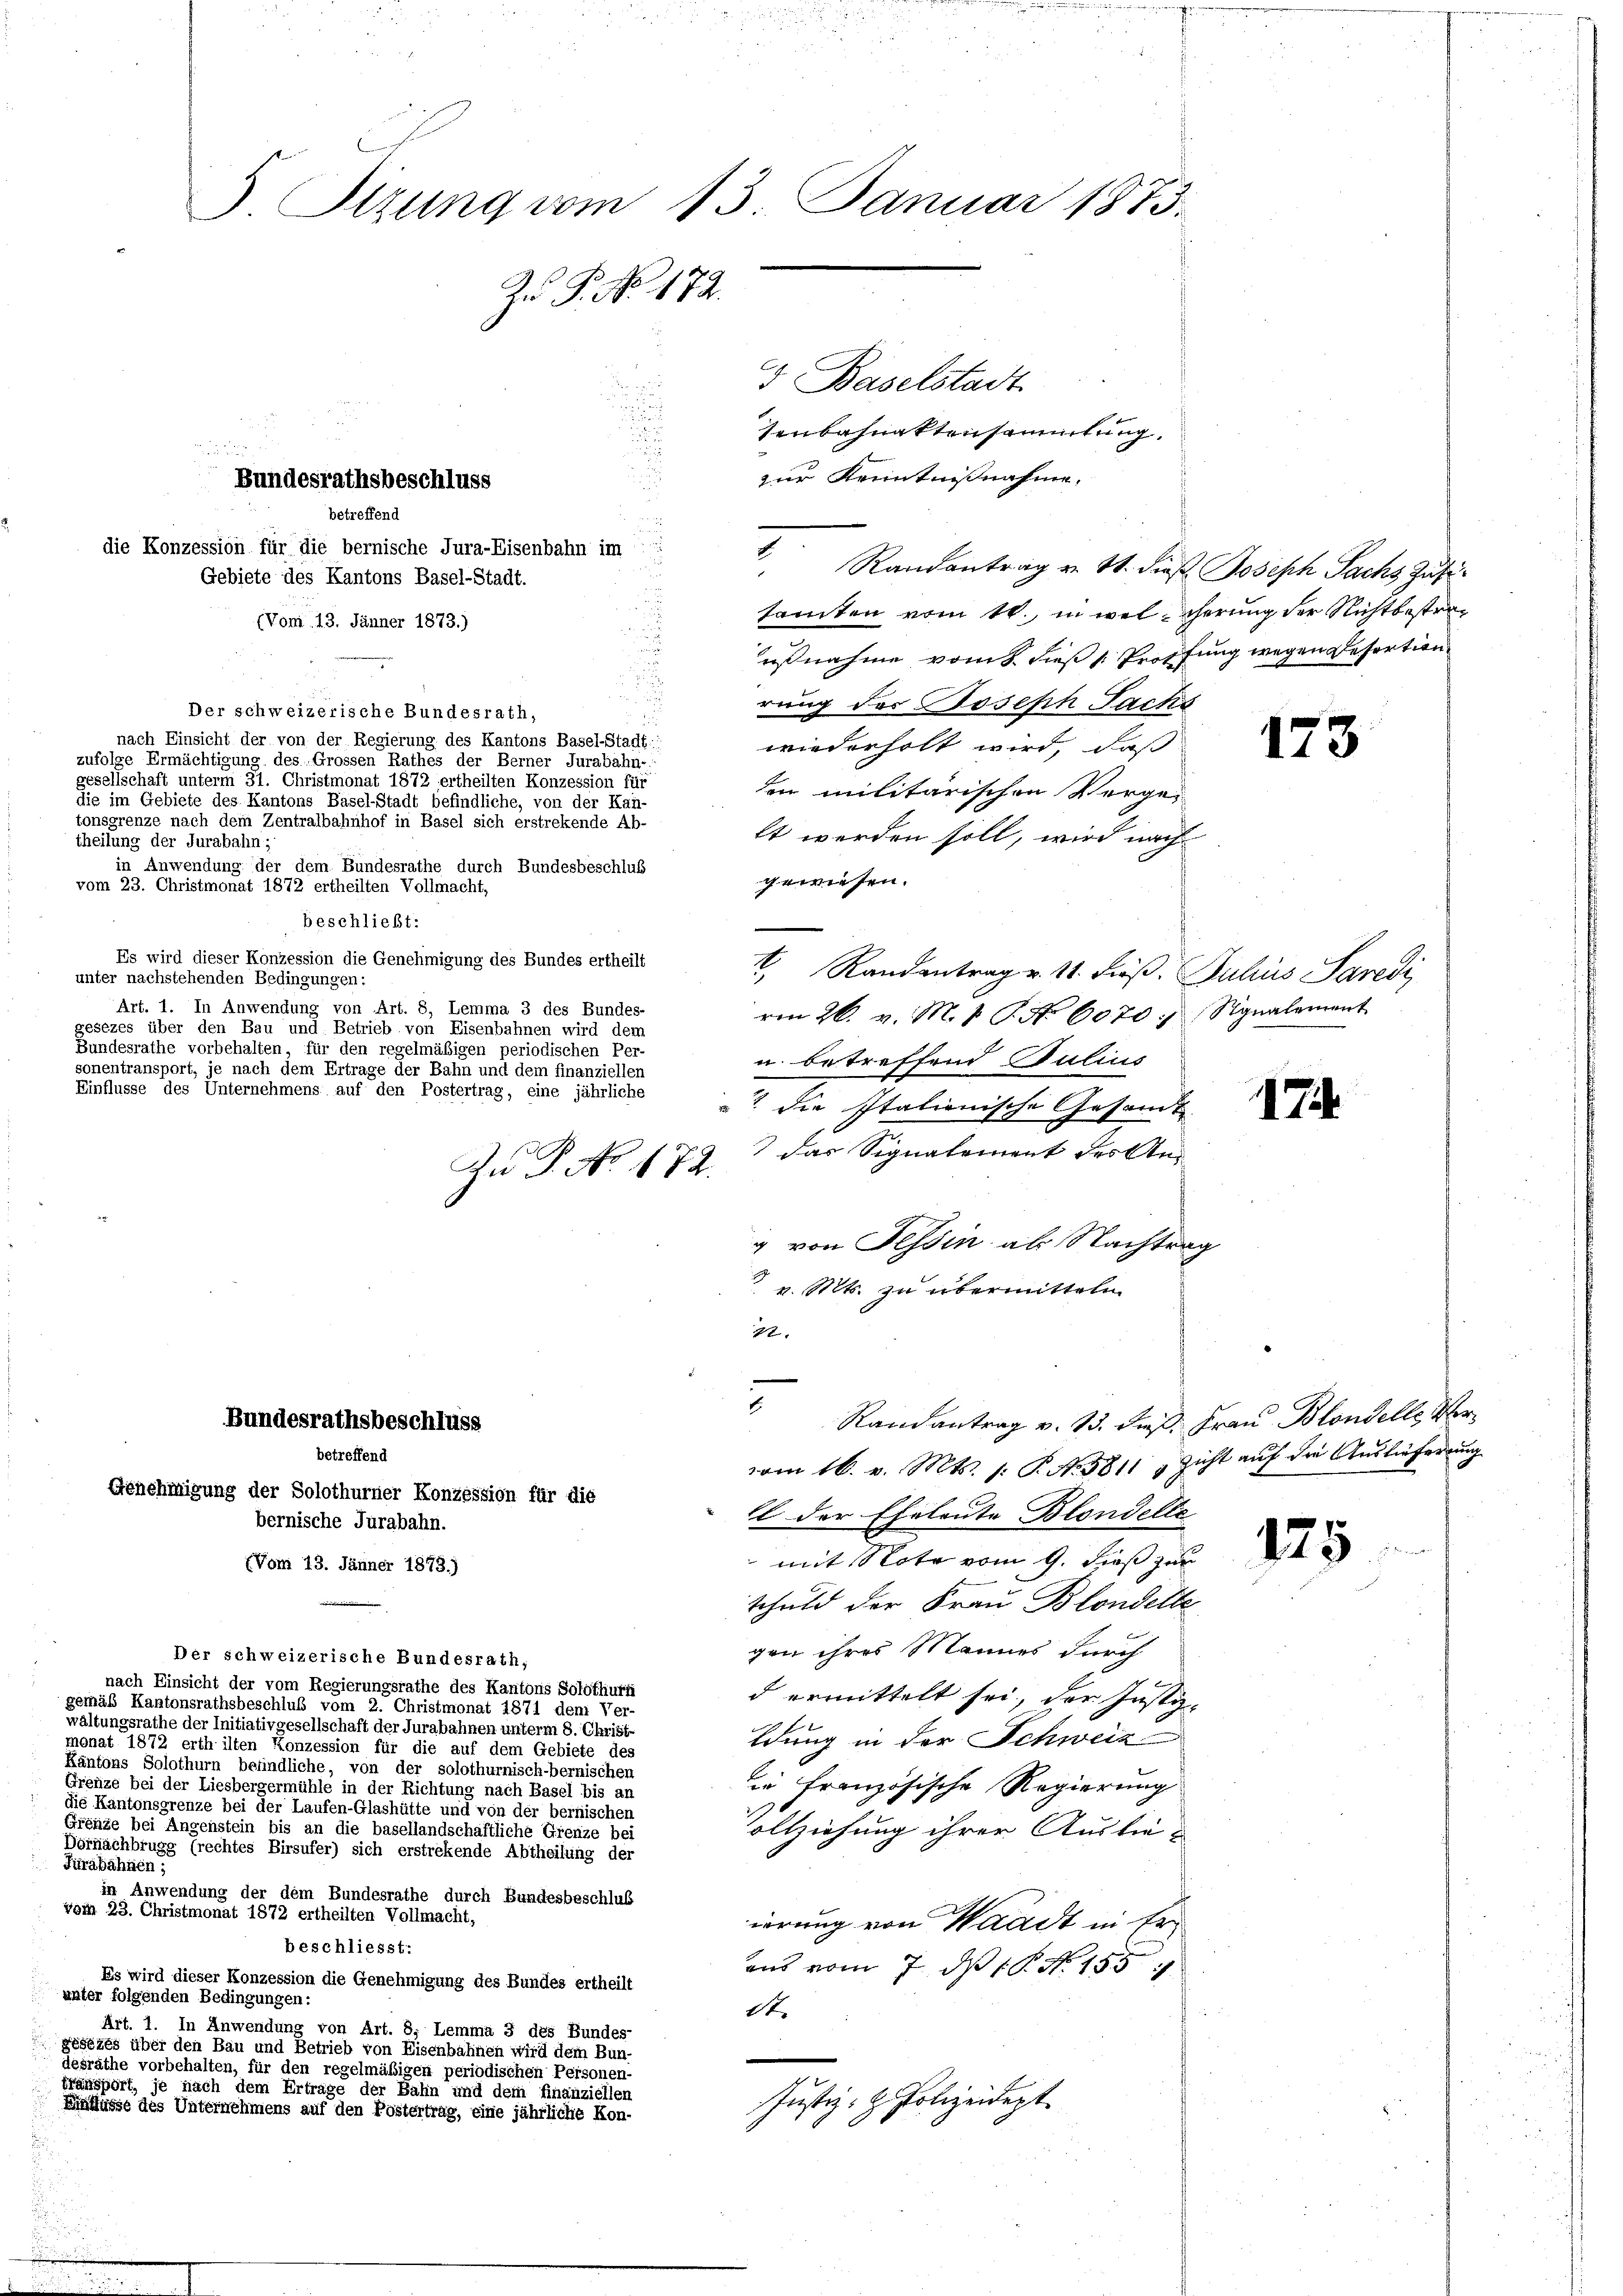
Der schweizerische Bundesrath,
nach Einsicht der von der Regierung des Kantons Basel-Stadt:
zufolge Ermächtigung des Grossen Rathes der Berner Jurabahn-
gesellschaft unterm 31. Christmonat 1872 ertheilten Konzession für
die im Gebiete des Kantons Basel-Stadt befindliche, von der Kan-
tonsgrenze nach dem Zentralbahnhof in Basel sich erstrekende Ab-
theilung der Jurabahn;
in Anwendung der dem Bundesrathe durch Bundesbeschluß
vom 23. Christmonat 1872 ertheilten Vollmacht,
beschließt:
Es wird dieser Konzession die Genehmigung des Bundes ertheilt
unter nachstehenden Bedingungen:
Art. 1. In Anwendung von Art. 8, Lemma 3 des Bundes-
gesezes über den Bau und Betrieb von Eisenbahnen wird dem
Bundesrathe vorbehalten, für den regelmäßigen periodischen Per-
sonentransport, je nach dem Ertrage der Bahn und dem finanziellen
Einflüsse des Unternehmens auf den Postertrag, eine jährliche

5 Sizung vom 13. Januar 1873.
Zu P. No. 172.

Bundesrathsbeschluss
betreffend
die Konzession für die bernische Jura-Eisenbahn im
Gebiete des Kantons Basel-Stadt.
(Vom 13. Jänner 1873.)

Zu P. No. 172.

Bundesrathsbeschluss
betreffend
Genehmigung der Solothurner Konzession für die
bernische Jurabahn.
(Vom 13. Jänner 1873.)

Der schweizerische Bundesrath,

d

nach Einsicht der vom Regierungsrathe des Kantons Solothurf
gemäß Kantonsrathsbeschluß vom 2. Christmonat 1871 den Ver-
waltungsrathe der Initiativgesellschaft der Jurabahnen unterm 8. Christ
monat 1872 erth inten Konzession für die auf dem Gebiete des
Kantons Solothurn befindliche, von der solothurnisch-bernischen
Grenze bei der Liesbergermühle in der Richtung nach Basel bis an
die Kantonsgrenze bei der Laufen-Glashütte und von der bernischen
Grenze bei Angenstein bis an die basellandschaftliche Grenze bei
Dörnachbrugg (rechtes Birsufer) sich erstrekende Abtheilung der
Fürabähnen;
in Anwendung der dem Bundesrathe durch Bundesbeschluß
vom 23. Christmonat 1872 ertheilten Vollmacht,
beschliesst:
Es wird dieser Konzession die Genehmigung des Bundes ertheilt
unter folgenden Bedingungen:
Art. 1. In Anwendung von Art. 8, Lemma 3 des Bundes-
gésezes über den Bau und Betrieb von Eischbahnen wird dem Bun-
desräthe vorbehalten, für den regelmäßigen periodischen Personen-
fransport, je nach dem Erträge der Bahn und dem Finanziellen
nüsse des Unternehmens auf den Postertrag, eine jährliche Kon-

5. Baselstadt
tenbahnaktensammlung.
zur Kenntnißnahme.

tamten vom 10. in welcherung der Nichtbestraeßnahme vom 8. dieß (: Proffung wegen Refortion
rung der Joseph Sachs
wiederholt wird, daß
den militärischen Vergelt werden soll, wird nach
gewiesen.
 Randantrag u. 11. dieß. Julius Paredi
von 26. v. M. P. Nr. 6070. Signalement
u. betreffend Julius
 die Italionische Gesamt
7 das Signalement des Ang von Tessin als Nachtrag
 v. Mts. zu übermitteln
22.

E
 Randantrag u. S. dieß Joseph Sachs Zusi¬

Randantrag v. 13. dieß Frau Blondelle Vervom 16. v. Mts. 1. P. No. 5811 zicht auf die Auslieferung
l der Eheleute Blondelte
 mit Note vom 9. dieß zur
schuld der Frau Blondelte
gen ihres Mannes durch
d ermittelt sei, der Justiz-
Edung in der Schweiz
ie französische Regierung
ollziehung ihrer Auslie
ierung von Waadt in Er
ans vom 7. d. 1. No. 1557
St.
Justiz- & Polizeidept.

1.

173

174

175